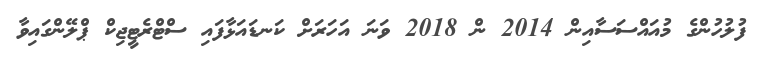
ފުލުހުންގެ މުއައްސަސާއިން 2014 ން 2018 ވަނަ އަހަރަށް ކަނޑައަޅާފައި ސްޓްރެޓީޖިކް ޕްލޭންގައިވާ